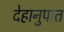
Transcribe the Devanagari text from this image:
देहानुपात